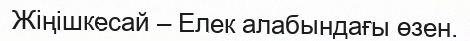
Жіңішкесай – Елек алабындағы өзен.